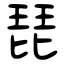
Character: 琵